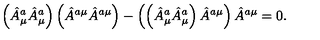
\left( \hat { A } _ { \mu } ^ { a } \hat { A } _ { \mu } ^ { a } \right) \left( \hat { A } ^ { a \mu } \hat { A } ^ { a \mu } \right) - \left( \left( \hat { A } _ { \mu } ^ { a } \hat { A } _ { \mu } ^ { a } \right) \hat { A } ^ { a \mu } \right) \hat { A } ^ { a \mu } = 0 .